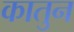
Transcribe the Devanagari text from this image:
कातुन